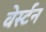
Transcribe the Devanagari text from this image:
वेर्स्‍टन